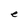
Character: e